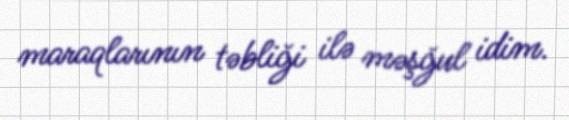
maraqlarının təbliği ilə məşğul idim.